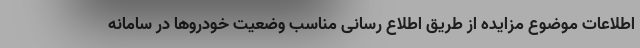
اطلاعات موضوع مزایده از طریق اطلاع رسانی مناسب وضعیت خودروها در سامانه